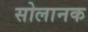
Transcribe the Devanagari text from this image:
सोलानक